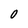
Character: 0